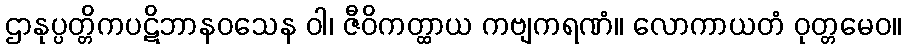
ဌာနုပ္ပတ္တိကပဋိဘာနဝသေန ဝါ၊ ဇီဝိကတ္ထာယ ကဗျကရဏံ။ လောကာယတံ ဝုတ္တမေဝ။